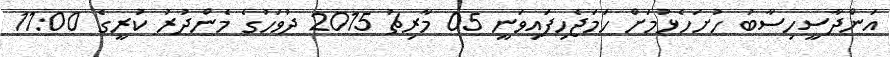
އަންދާސީހިސާބު ހުށަހެޅުމަށް ހަމަޖެހިފައިވަނީ 05 މާރިޗު 2015 ދުވަހުގެ މެންދުރު ކުރީގެ 11:00